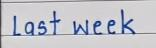
Last week